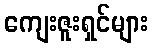
ကျေးဇူးရှင်များ